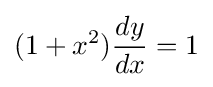
(1+x^{2}){dy \over dx}=1